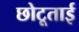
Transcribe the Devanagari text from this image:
छोटूताई